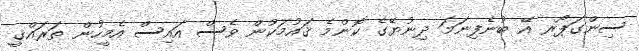
ސިންގަޕޯރ އޭ ބުނެފިނަމަ ދިނުޔޭގެ ކޮންމެ ޤައުމަކުން ވެސް އައިސް އެމީހުން ތަރައްޤީ